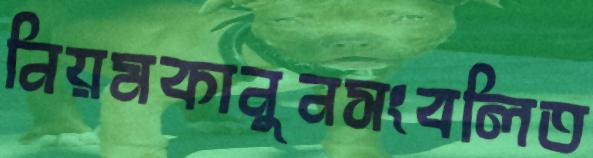
নিয়মকানুনসংবলিত